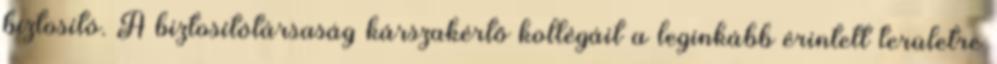
biztosító. A biztosítótársaság kárszakértő kollégáit a leginkább érintett területre